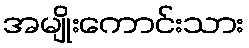
အမျိုးကောင်းသား